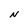
Character: N